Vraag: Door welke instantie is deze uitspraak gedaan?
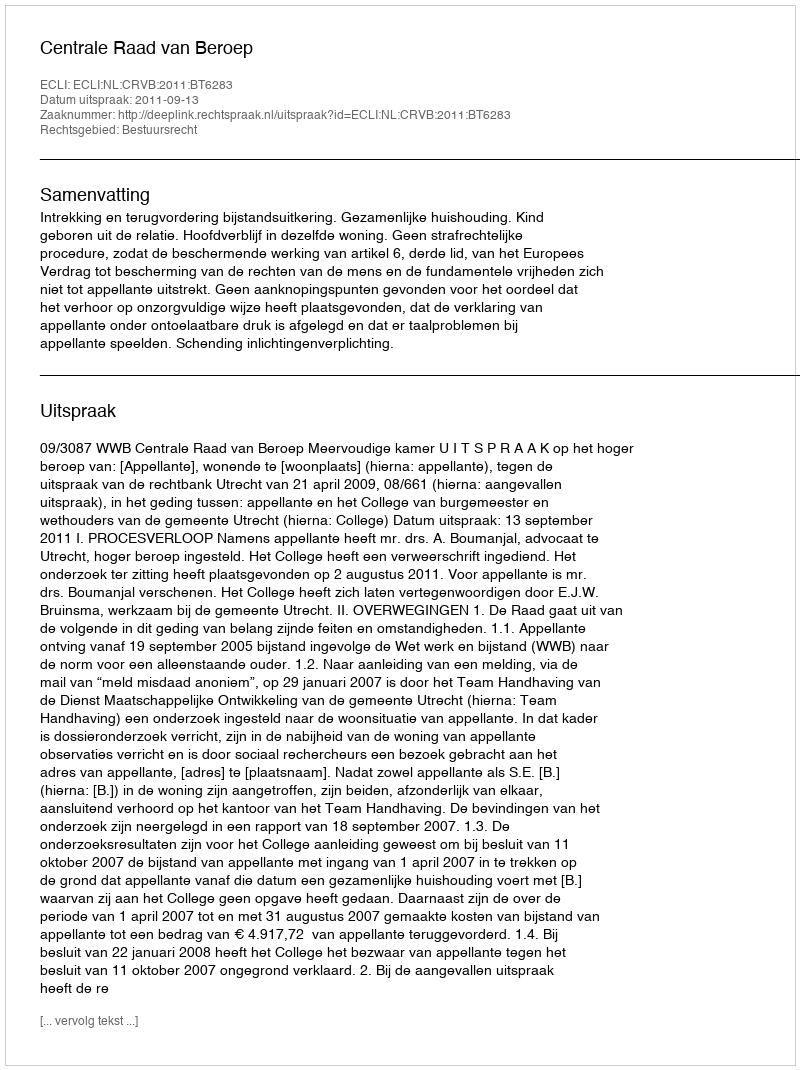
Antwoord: Centrale Raad van Beroep